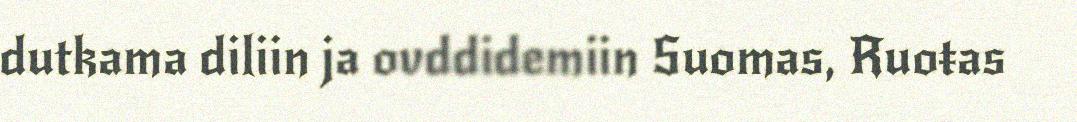
dutkama diliin ja ovddidemiin Suomas, Ruoŧas